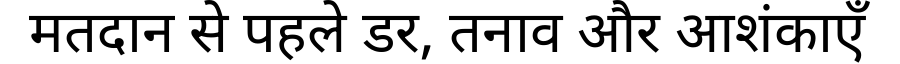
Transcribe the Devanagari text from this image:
मतदान से पहले डर, तनाव और आशंकाएँ